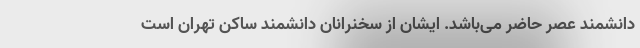
دانشمند عصر حاضر می‌باشد. ایشان از سخنرانان دانشمند ساکن تهران است